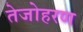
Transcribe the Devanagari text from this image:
तेजोहरण